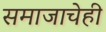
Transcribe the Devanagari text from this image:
समाजाचेही